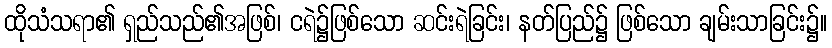
ထိုသံသရာ၏ ရှည်သည်၏အဖြစ်၊ ငရဲ၌ဖြစ်သော ဆင်းရဲခြင်း၊ နတ်ပြည်၌ ဖြစ်သော ချမ်းသာခြင်း၌။